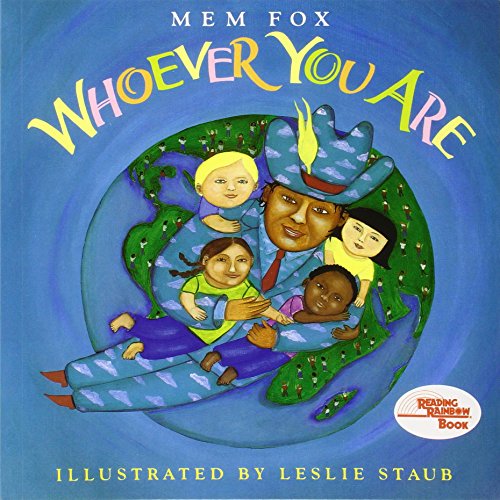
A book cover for Whoever You Are (Reading Rainbow Books); Mem Fox; Children's Books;